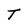
Character: T